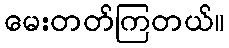
မေးတတ်ကြတယ်။